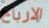
الارباح